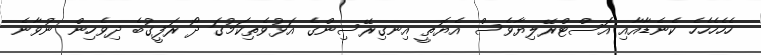
ހެހެހެހެހެ ކެނެޑާއާއި އޮސްޓްރޭލިޔާވެސް އެޔޮތީ އިނގިރޭސިންގެ އަޅުވެތިކަމުގަ ދޯ ރަފީގުބެ ދިވެހިން ނުވާނެ